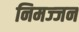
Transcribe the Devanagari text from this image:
निमज्‍जन